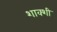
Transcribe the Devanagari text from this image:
शाक्शी